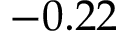
- 0 . 2 2